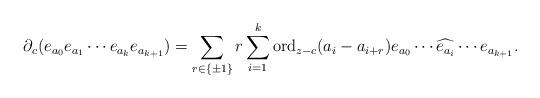
LaTeX: \begin{align*}\partial_{c}(e_{a_{0}}e_{a_{1}}\cdots e_{a_{k}}e_{a_{k+1}})=\sum_{r\in\{\pm1\}}r\sum_{i=1}^{k}{\rm ord}_{z-c}(a_{i}-a_{i+r})e_{a_{0}}\cdots\widehat{e_{a_{i}}}\cdots e_{a_{k+1}}.\end{align*}